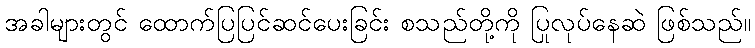
အခါများတွင် ထောက်ပြပြင်ဆင်ပေးခြင်း စသည်တို့ကို ပြုလုပ်နေဆဲ ဖြစ်သည်။